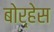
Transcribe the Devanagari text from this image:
बोर्हेस